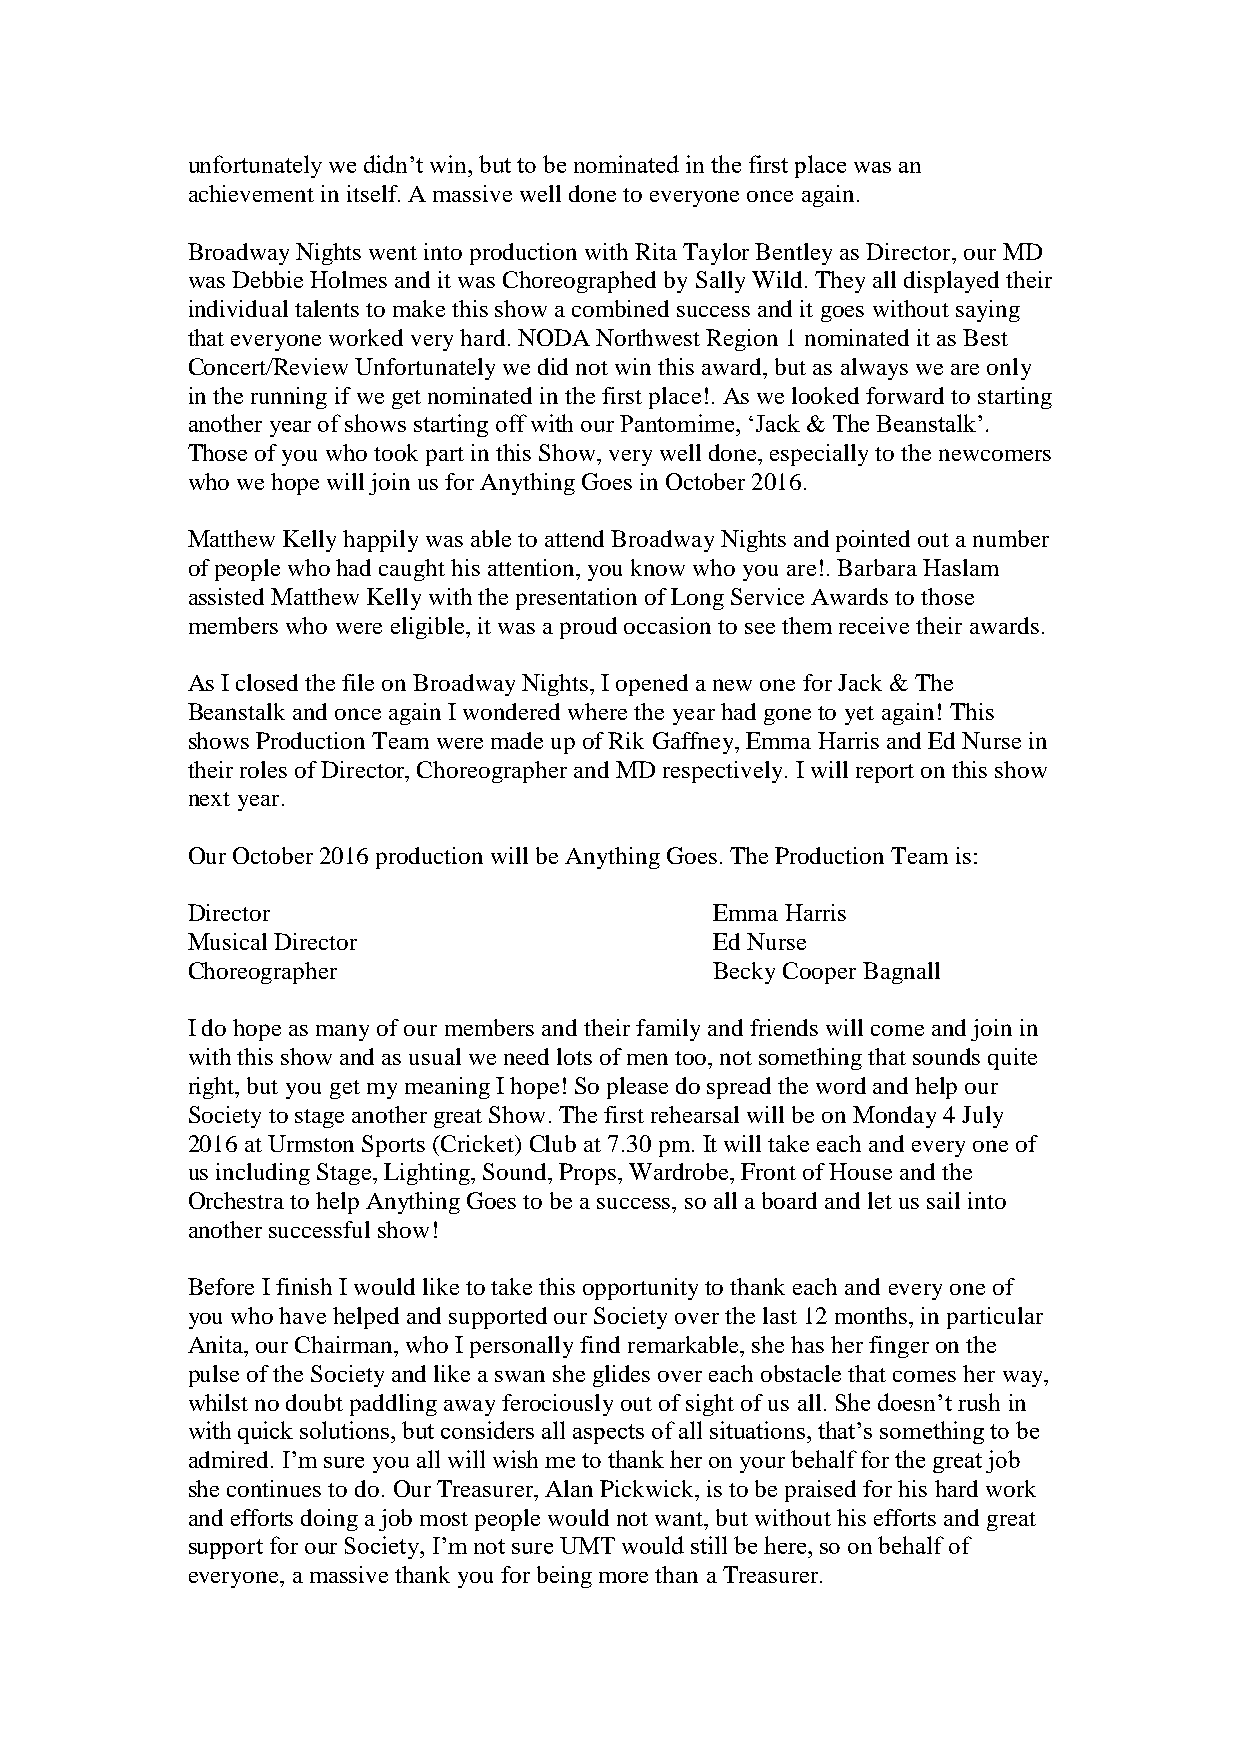
unfortunately we didn’t win, but to be nominated in the first place was an
 achievement in itself. A massive well done to everyone once again.
 Broadway Nights went into production with Rita Taylor Bentley as Director, our MD
 was Debbie Holmes and it was Choreographed by Sally Wild. They all displayed their
 individual talents to make this show a combined success and it goes without saying
 that everyone worked very hard. NODA Northwest Region 1 nominated it as Best
 Concert/Review Unfortunately we did not win this award, but as always we are only
 in the running if we get nominated in the first place!. As we looked forward to starting
 another year of shows starting off with our Pantomime, ‘Jack & The Beanstalk’.
 Those of you who took part in this Show, very well done, especially to the newcomers
 who we hope will join us for Anything Goes in October 2016.
 Matthew Kelly happily was able to attend Broadway Nights and pointed out a number
 of people who had caught his attention, you know who you are!. Barbara Haslam
 assisted Matthew Kelly with the presentation of Long Service Awards to those
 members who were eligible, it was a proud occasion to see them receive their awards.
 As I closed the file on Broadway Nights, I opened a new one for Jack & The
 Beanstalk and once again I wondered where the year had gone to yet again! This
 shows Production Team were made up of Rik Gaffney, Emma Harris and Ed Nurse in
 their roles of Director, Choreographer and MD respectively. I will report on this show
 next year.
 Our October 2016 production will be Anything Goes. The Production Team is:
 Director                           Emma Harris
 Musical Director                   Ed Nurse
 Choreographer                      Becky Cooper Bagnall
 I do hope as many of our members and their family and friends will come and join in
 with this show and as usual we need lots of men too, not something that sounds quite
 right, but you get my meaning I hope! So please do spread the word and help our
 Society to stage another great Show. The first rehearsal will be on Monday 4 July
 2016 at Urmston Sports (Cricket) Club at 7.30 pm. It will take each and every one of
 us including Stage, Lighting, Sound, Props, Wardrobe, Front of House and the
 Orchestra to help Anything Goes to be a success, so all a board and let us sail into
 another successful show!
 Before I finish I would like to take this opportunity to thank each and every one of
 you who have helped and supported our Society over the last 12 months, in particular
 Anita, our Chairman, who I personally find remarkable, she has her finger on the
 pulse of the Society and like a swan she glides over each obstacle that comes her way,
 whilst no doubt paddling away ferociously out of sight of us all. She doesn’t rush in
 with quick solutions, but considers all aspects of all situations, that’s something to be
 admired. I’m sure you all will wish me to thank her on your behalf for the great job
 she continues to do. Our Treasurer, Alan Pickwick, is to be praised for his hard work
 and efforts doing a job most people would not want, but without his efforts and great
 support for our Society, I’m not sure UMT would still be here, so on behalf of
 everyone, a massive thank you for being more than a Treasurer.